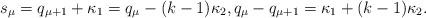
LaTeX: \begin{align*} s_\mu = q_{\mu+1} + \kappa_1 = q_\mu - (k-1) \kappa_2, q_{\mu} - q_{\mu+1} = \kappa_1 + (k-1) \kappa_2.\end{align*}